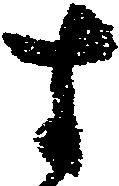
す